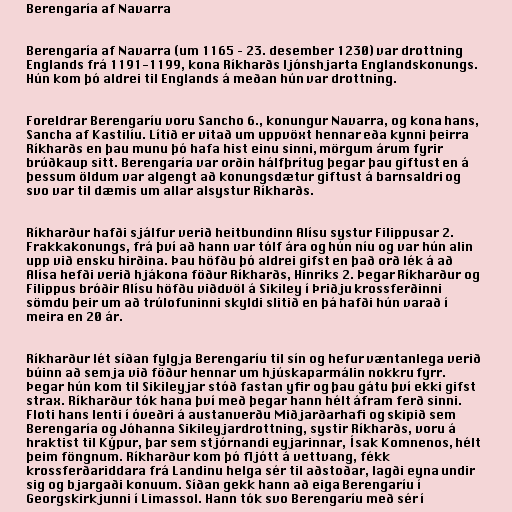
Berengaría af Navarra

Berengaría af Navarra (um 1165 – 23. desember 1230) var drottning
Englands frá 1191-1199, kona Ríkharðs ljónshjarta Englandskonungs.
Hún kom þó aldrei til Englands á meðan hún var drottning.

Foreldrar Berengaríu voru Sancho 6., konungur Navarra, og kona hans,
Sancha af Kastilíu. Lítið er vitað um uppvöxt hennar eða kynni þeirra
Ríkharðs en þau munu þó hafa hist einu sinni, mörgum árum fyrir
brúðkaup sitt. Berengaría var orðin hálfþrítug þegar þau giftust en á
þessum öldum var algengt að konungsdætur giftust á barnsaldri og
svo var til dæmis um allar alsystur Ríkharðs.

Ríkharður hafði sjálfur verið heitbundinn Alísu systur Filippusar 2.
Frakkakonungs, frá því að hann var tólf ára og hún níu og var hún alin
upp við ensku hirðina. Þau höfðu þó aldrei gifst en það orð lék á að
Alísa hefði verið hjákona föður Ríkharðs, Hinriks 2. Þegar Ríkharður og
Filippus bróðir Alísu höfðu viðdvöl á Sikiley í Þriðju krossferðinni
sömdu þeir um að trúlofuninni skyldi slitið en þá hafði hún varað í
meira en 20 ár.

Ríkharður lét síðan fylgja Berengaríu til sín og hefur væntanlega verið
búinn að semja við föður hennar um hjúskaparmálin nokkru fyrr.
Þegar hún kom til Sikileyjar stóð fastan yfir og þau gátu því ekki gifst
strax. Ríkharður tók hana því með þegar hann hélt áfram ferð sinni.
Floti hans lenti í óveðri á austanverðu Miðjarðarhafi og skipið sem
Berengaría og Jóhanna Sikileyjardrottning, systir Ríkharðs, voru á
hraktist til Kýpur, þar sem stjórnandi eyjarinnar, Ísak Komnenos, hélt
þeim föngnum. Ríkharður kom þó fljótt á vettvang, fékk
krossferðariddara frá Landinu helga sér til aðstoðar, lagði eyna undir
sig og bjargaði konuum. Síðan gekk hann að eiga Berengaríu í
Georgskirkjunni í Limassol. Hann tók svo Berengaríu með sér í